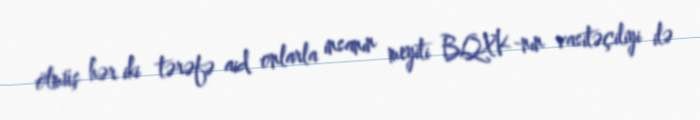
ölmüş hər iki tərəfə aid onlarla insanın meyiti BQXK-nın vasitəçiliyi ilə